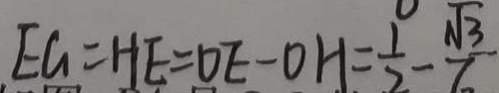
E G = H E = D E - O H = \frac { 1 } { 2 } - \frac { \sqrt { 3 } } { 6 }